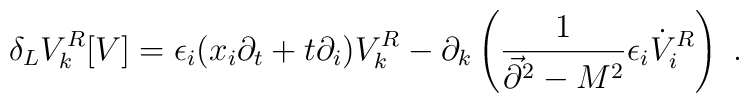
\delta_LV_k^R[V]=\epsilon_i (x_i\partial_t+t\partial_i)V_k^R - \partial_k\left({1\over \vec{\partial}^2 -M^2}\epsilon_i\dot{V}^R_i\right)~.